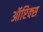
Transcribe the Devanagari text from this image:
ऑप्टिक्‍स